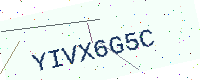
Text: YIVX6G5C